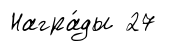
Награ́ды 27